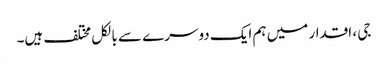
جی ، اقدار میں ہم ایک دوسرے سے بالکل مختلف ہیں۔